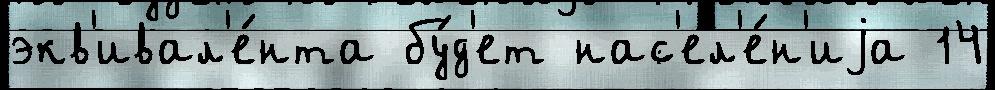
экв'ивал'е́нта бу́д'ет нас'ел'е́н'иjа 14